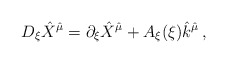
\begin{align*}D_{\xi}\hat{X}^{\hat{\mu}} =\partial_{\xi}\hat{X}^{\hat{\mu}} +A_{\xi}(\xi) \hat{k}^{\hat{\mu}}\, ,\end{align*}